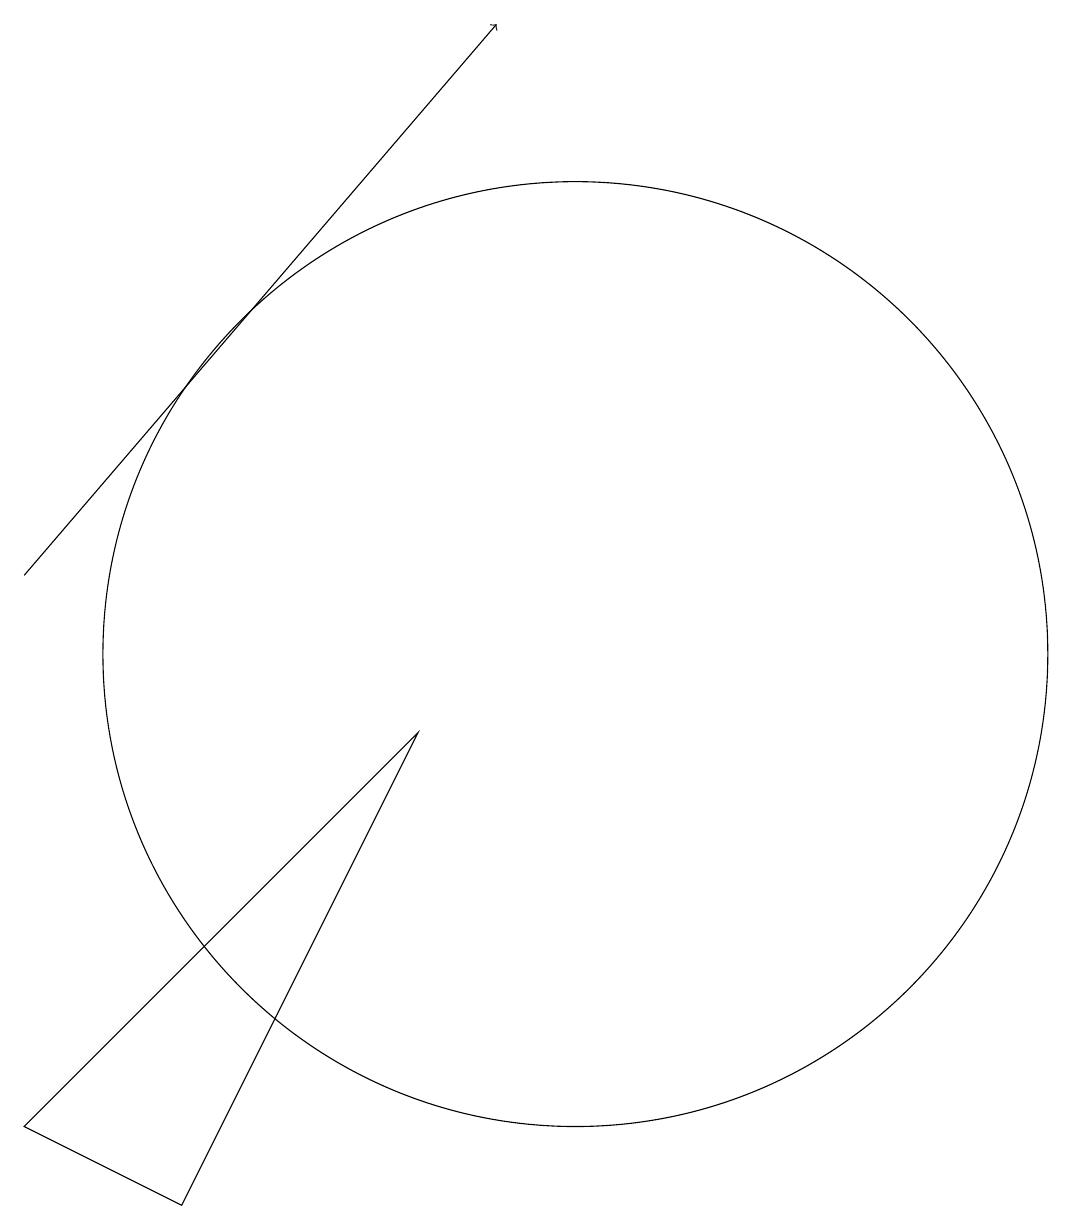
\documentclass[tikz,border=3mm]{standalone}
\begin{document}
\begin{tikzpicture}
\draw[->] (3,11) -- (9,18);
\draw (10,10) circle (6);
\draw (3,4) -- (5,3) -- (8,9) -- cycle;
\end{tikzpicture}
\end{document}